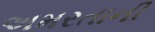
અમરતાની